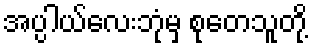
အပ္ပါယ်လေးဘုံမှ စုတေသူတို့